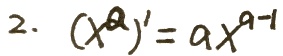
2. $(x^a)' = ax^{a - 1}$